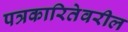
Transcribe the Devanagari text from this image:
पत्रकारितेवरील